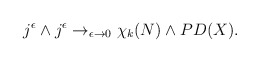
\begin{align*}j^\epsilon \wedge j^\epsilon \rightarrow_{\epsilon\rightarrow 0}\chi_k (N)\wedge PD (X).\end{align*}